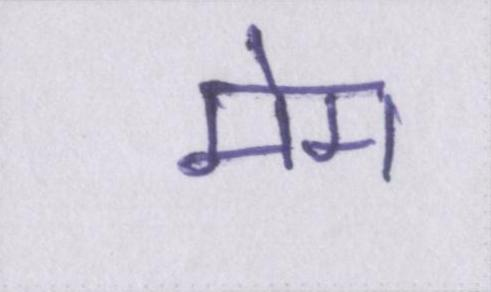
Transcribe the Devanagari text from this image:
मेम